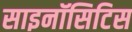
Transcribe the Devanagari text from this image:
साइनॉसिटिस